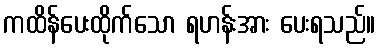
ကထိန်ပေးထိုက်သော ရဟန်းအား ပေးရသည်။